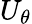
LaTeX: U_{\theta}